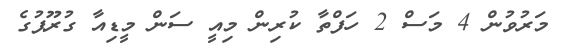
މަރުވުން 4 މަސް 2 ހަފްތާ ކުރިން މިއީ ސަން މީޑިއާ ގުރޫޕުގެ